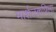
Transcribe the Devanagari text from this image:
मार्शलकपिला